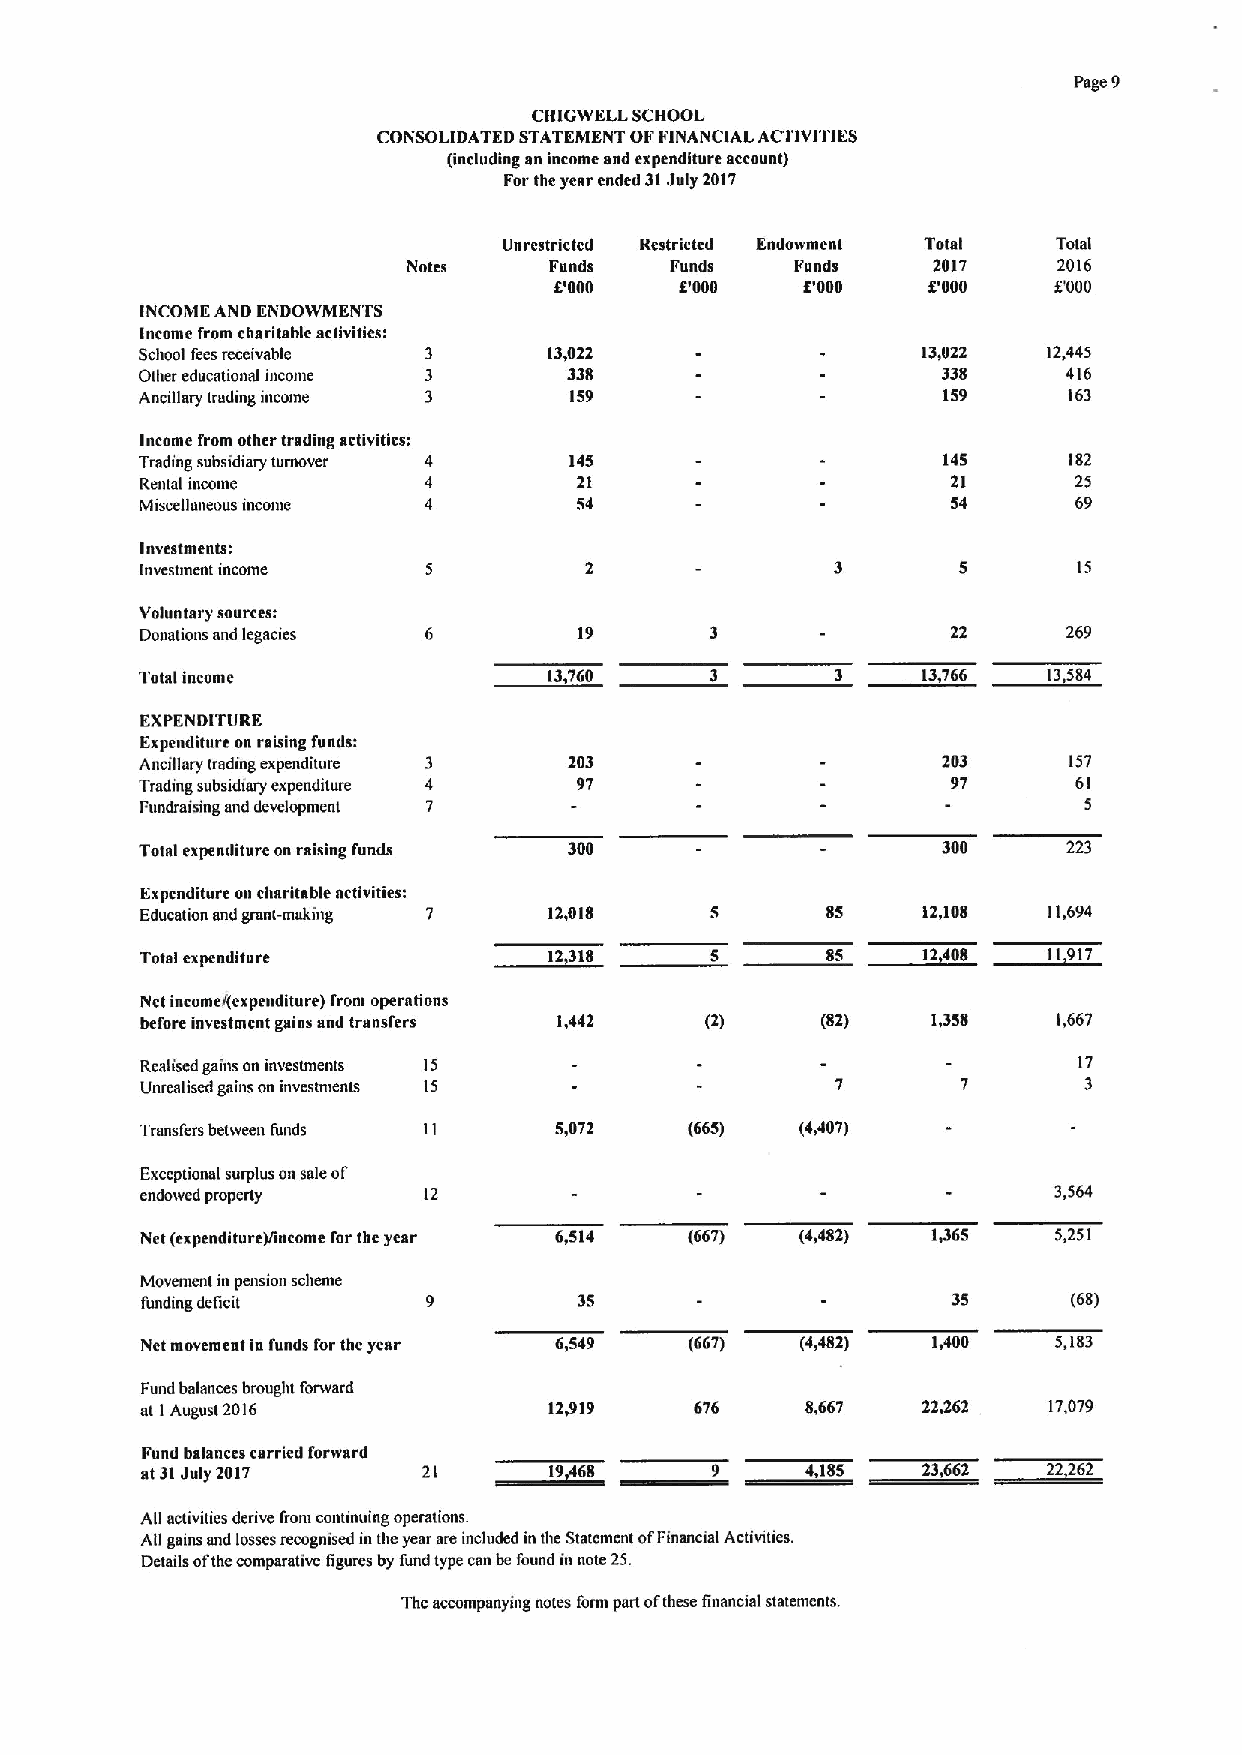
Page 9
 CHIGWELL SCHOOL
 CONSOLIDATED STATEMENT OFFINANCIAL ACI'IVITIES
 (including an income snd expenditure account)
 Forthe year ended 31July 2017
 Unrestricted Restmcted Endowment Total Total
 Nntes    Funds   Funds    Funds    2017    2016
 6'000   8'000   8'000   8'000    f'000
 INCOME AND ENDOWMENTS
 Income from charitable activities:
 School feesreceivable      13,022                   13,022  12,445
 Other educational income     338                     338      416
 Ancillary trading income     159                     159      163
 Income from other trading activiticsi
 Trading subsidiary turnover 4 145                    145      182
 Rental income      4         21                       21      25
 Miscellaneous income 4       54                       54      69
 Investments:
 Investment income                                             15
 Voluntary sources:
 Donations and legacies       19                       22      269
 Total income               13,760             3     13,766  13584
 EXPENDITURE
 Expenditure on raising funds:
 Ancillary trading expenditure 203                    203      157
 Trading subsidiary expenditure 97                     97      61
 1:undraising and development                                   5
 Total expenditure on raising funds 300               300      223
 Expenditure on charitable activities:
 Education and grant-making 7 12,018   5       85    12,108  11,694
 Total expenditure                     5       05    12408   11917
 Nct income/(expenditure) I'rom operations
 before investment gains snd transfers 1,442 (2) (82) 1,358   1,667
 Realised gains on investments i5                              17
 Unrealised gains on investments 15                             3
 Transfers between funds     5,072    (665)  (4,407)
 Exceptional surplus on sale of
 endowed property   12                                        3,564
 Net (expenditure)/income for the year 6,514 (667) (4,482) 1,365 5,251
 Movement in pension scbane
 funding detlcit              35                       35      (68)
 Net movement in funds for the year 6,549 (667) (4,482) 1,400 5,183
 Fund balances brought forward
 at IAugust 2016            12,919    676    8,667   22,262  17,079
 Fund balances carried forward
 at 31July 2017     21      19368      9     4,185   23,662  22262
 All activities derive froni conunuing operalions.
 All gains and losses recognised in the year are included in tbe Statement ofFinancial Activities.
 Details ofthe comparative figures by fund type csnbefound in note 25.
 The accompanying notes form part ofthese finanaal statements.